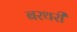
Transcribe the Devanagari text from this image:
बरथरी